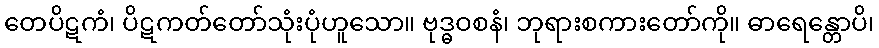
တေပိဋကံ၊ ပိဋကတ်တော်သုံးပုံဟူသော။ ဗုဒ္ဓဝစနံ၊ ဘုရားစကားတော်ကို။ ဓာရေန္တောပိ၊